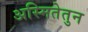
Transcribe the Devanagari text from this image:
अस्मितेतुन